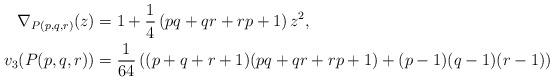
LaTeX: \begin{align*} \nabla_{P(p,q,r)}(z)& = 1+ \frac{1}{4}\left( pq+qr+rp+1 \right)z^{2},\\ v_{3}(P(p,q,r))&= \frac{1}{64}\left( (p+q+r+1)(pq+qr+rp+1)+(p-1)(q-1)(r-1) \right)\end{align*}